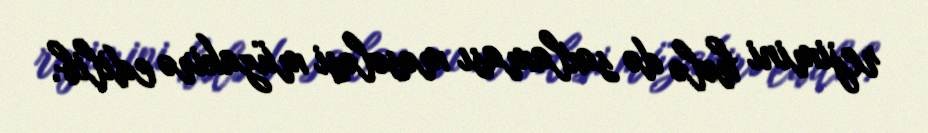
rejimini hələ də saxlaması məsələsi müzakirə edilib.